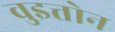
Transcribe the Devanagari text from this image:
वुइत्तोन